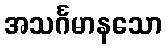
အသင်္ဂမာနသော